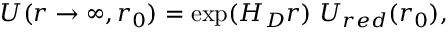
U ( r \to \infty , r _ { 0 } ) = \exp ( H _ { D } r ) \ U _ { r e d } ( r _ { 0 } ) ,